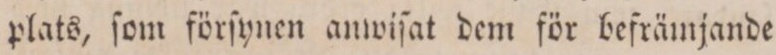
plats, ſom förſynen anwiſat dem för befrämjande